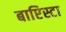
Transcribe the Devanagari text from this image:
बाप्टिस्टा